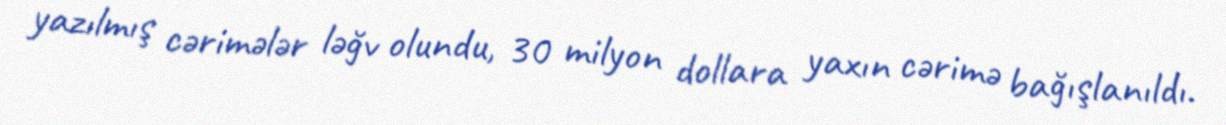
yazılmış cərimələr ləğv olundu, 30 milyon dollara yaxın cərimə bağışlanıldı.